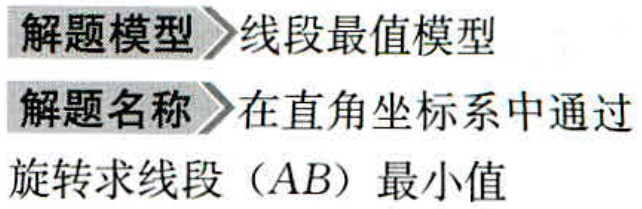
解题模型>线段最值模型

解题名称>在直角坐标系中通过

旋转求线段（AB）最小值